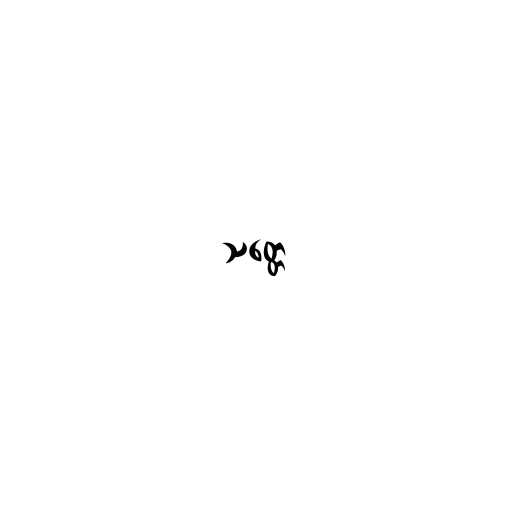
သတ္တေ